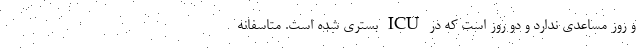
و روز مساعدی ندارد و دو روز است که در ICU بستری شده است. متاسفانه